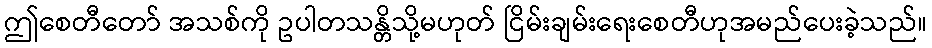
ဤစေတီတော် အသစ်ကို ဥပါတသန္တိသို့မဟုတ် ငြိမ်းချမ်းရေးစေတီဟုအမည်ပေးခဲ့သည်။